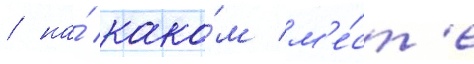
/ на́ како́м м'е́ст'е